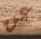
عن